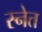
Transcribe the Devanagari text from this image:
स्नेत